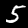
Label: 5